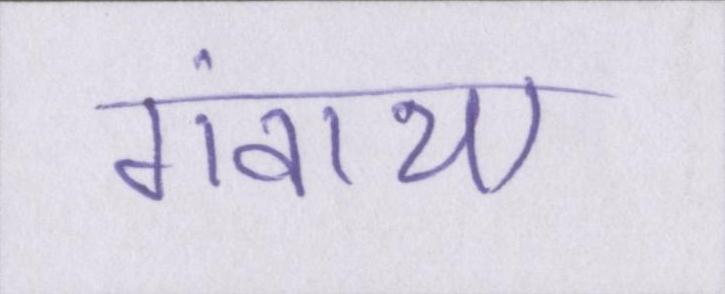
गंवाया